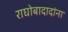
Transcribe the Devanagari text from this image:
राघोबादादांना